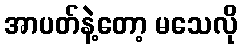
အာပတ်နဲ့တော့ မသေလို